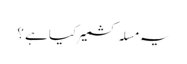
یہ مسلہ کشمیر کیا ہے ؟